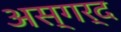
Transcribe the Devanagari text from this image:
अस्गर्द